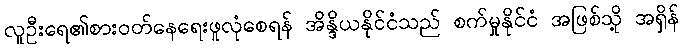
လူဦးရေ၏စားဝတ်နေရေးဖူလုံစေရန် အိန္ဒိယနိုင်ငံသည် စက်မှုနိုင်ငံ အဖြစ်သို့ အရှိန်